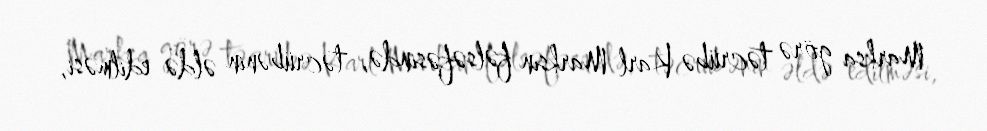
Marksa görə təcrübə Karl Marksın fəlsəfəsində, təcrübənin əldə edilməsi,